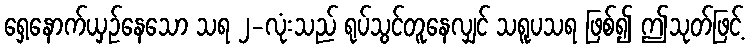
ရှေ့နောက်ယှဉ်နေသော သရ ၂-လုံးသည် ရုပ်သွင်တူနေလျှင် သရူပသရ ဖြစ်၍ ဤသုတ်ဖြင့်